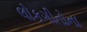
લોકગીતોના